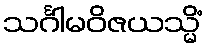
သင်္ဂါမဝိဇယသ္မိံ